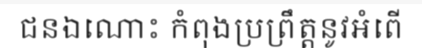
ជនឯណោះ កំពុងប្រព្រឹត្តនូវអំពើ